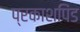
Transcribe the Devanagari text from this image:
प्रकाशपिंड